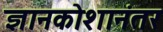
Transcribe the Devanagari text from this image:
ज्ञानकोशानंतर